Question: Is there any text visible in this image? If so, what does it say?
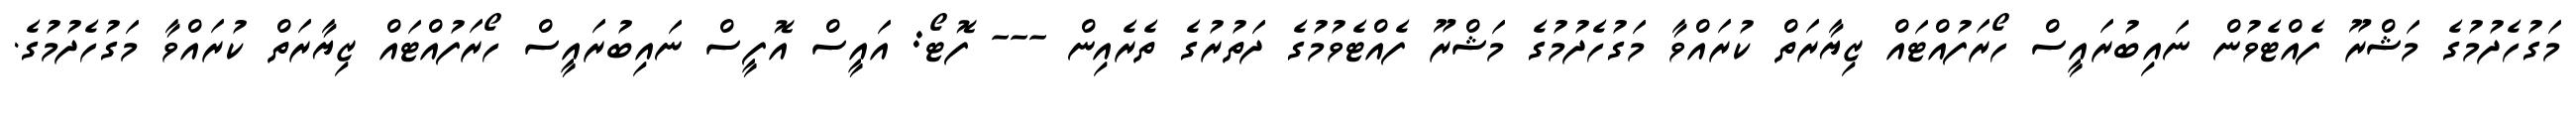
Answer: މަގުހެދުމުގެ މަޝްރޫ ފެއްޓެވުން ނައިބުރައީސް ހޯރަފުއްޓައް ޒިޔާރަތް ކުރައްވާ މަގުހެދުމުގެ މަޝްރޫ ފެއްޓެވުމުގެ ދަތުރުގެ ތެރެއިން --- ފޮޓޯ: އައީސް އޮފީސް ނައިބުރައީސް ހޯރަފުއްޓައް ޒިޔާރަތް ކުރައްވާ މަގުހެދުމުގެ.